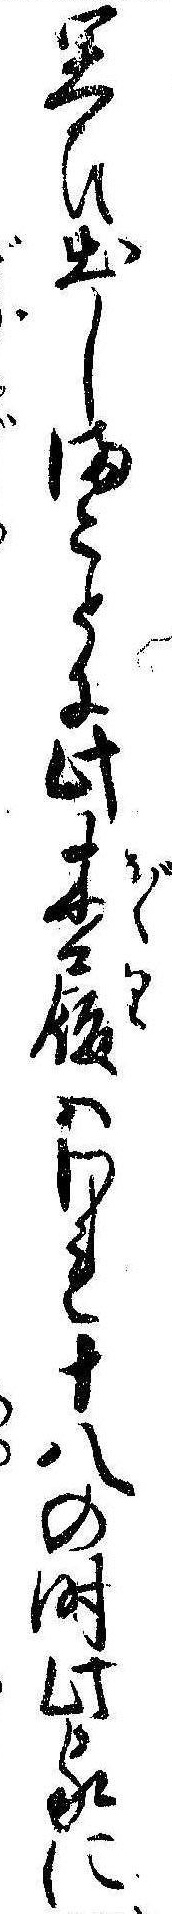
思ひ出しまことに此木履はわれ十八の時此家に